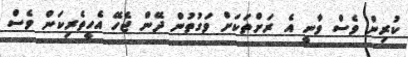
ކުރިން ވެސް ވާނީ އެ ރަށްތަކަށް ވަގުތުން ދޭން ޖެހޭ އެހީތެރިކަން ވެސް